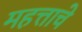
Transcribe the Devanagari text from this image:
महत्ताचे